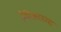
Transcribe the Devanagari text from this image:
प्रीमिअरच्या